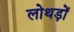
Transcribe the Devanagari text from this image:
लोथड़ों